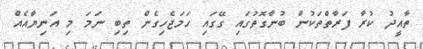
ތާއީދު ކުރާ ފަރާތްތަކުން ބުނާގޮތުގައި ގޭގައި ހަމަޖެހިގެން ތިބި ނަމަ މި އަނިޔާއެއް